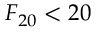
F _ { 2 0 } < 2 0 \